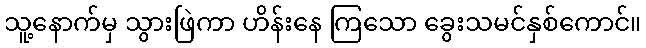
သူ့နောက်မှ သွားဖြဲကာ ဟိန်းနေ ကြသော ခွေးသမင်နှစ်ကောင်။